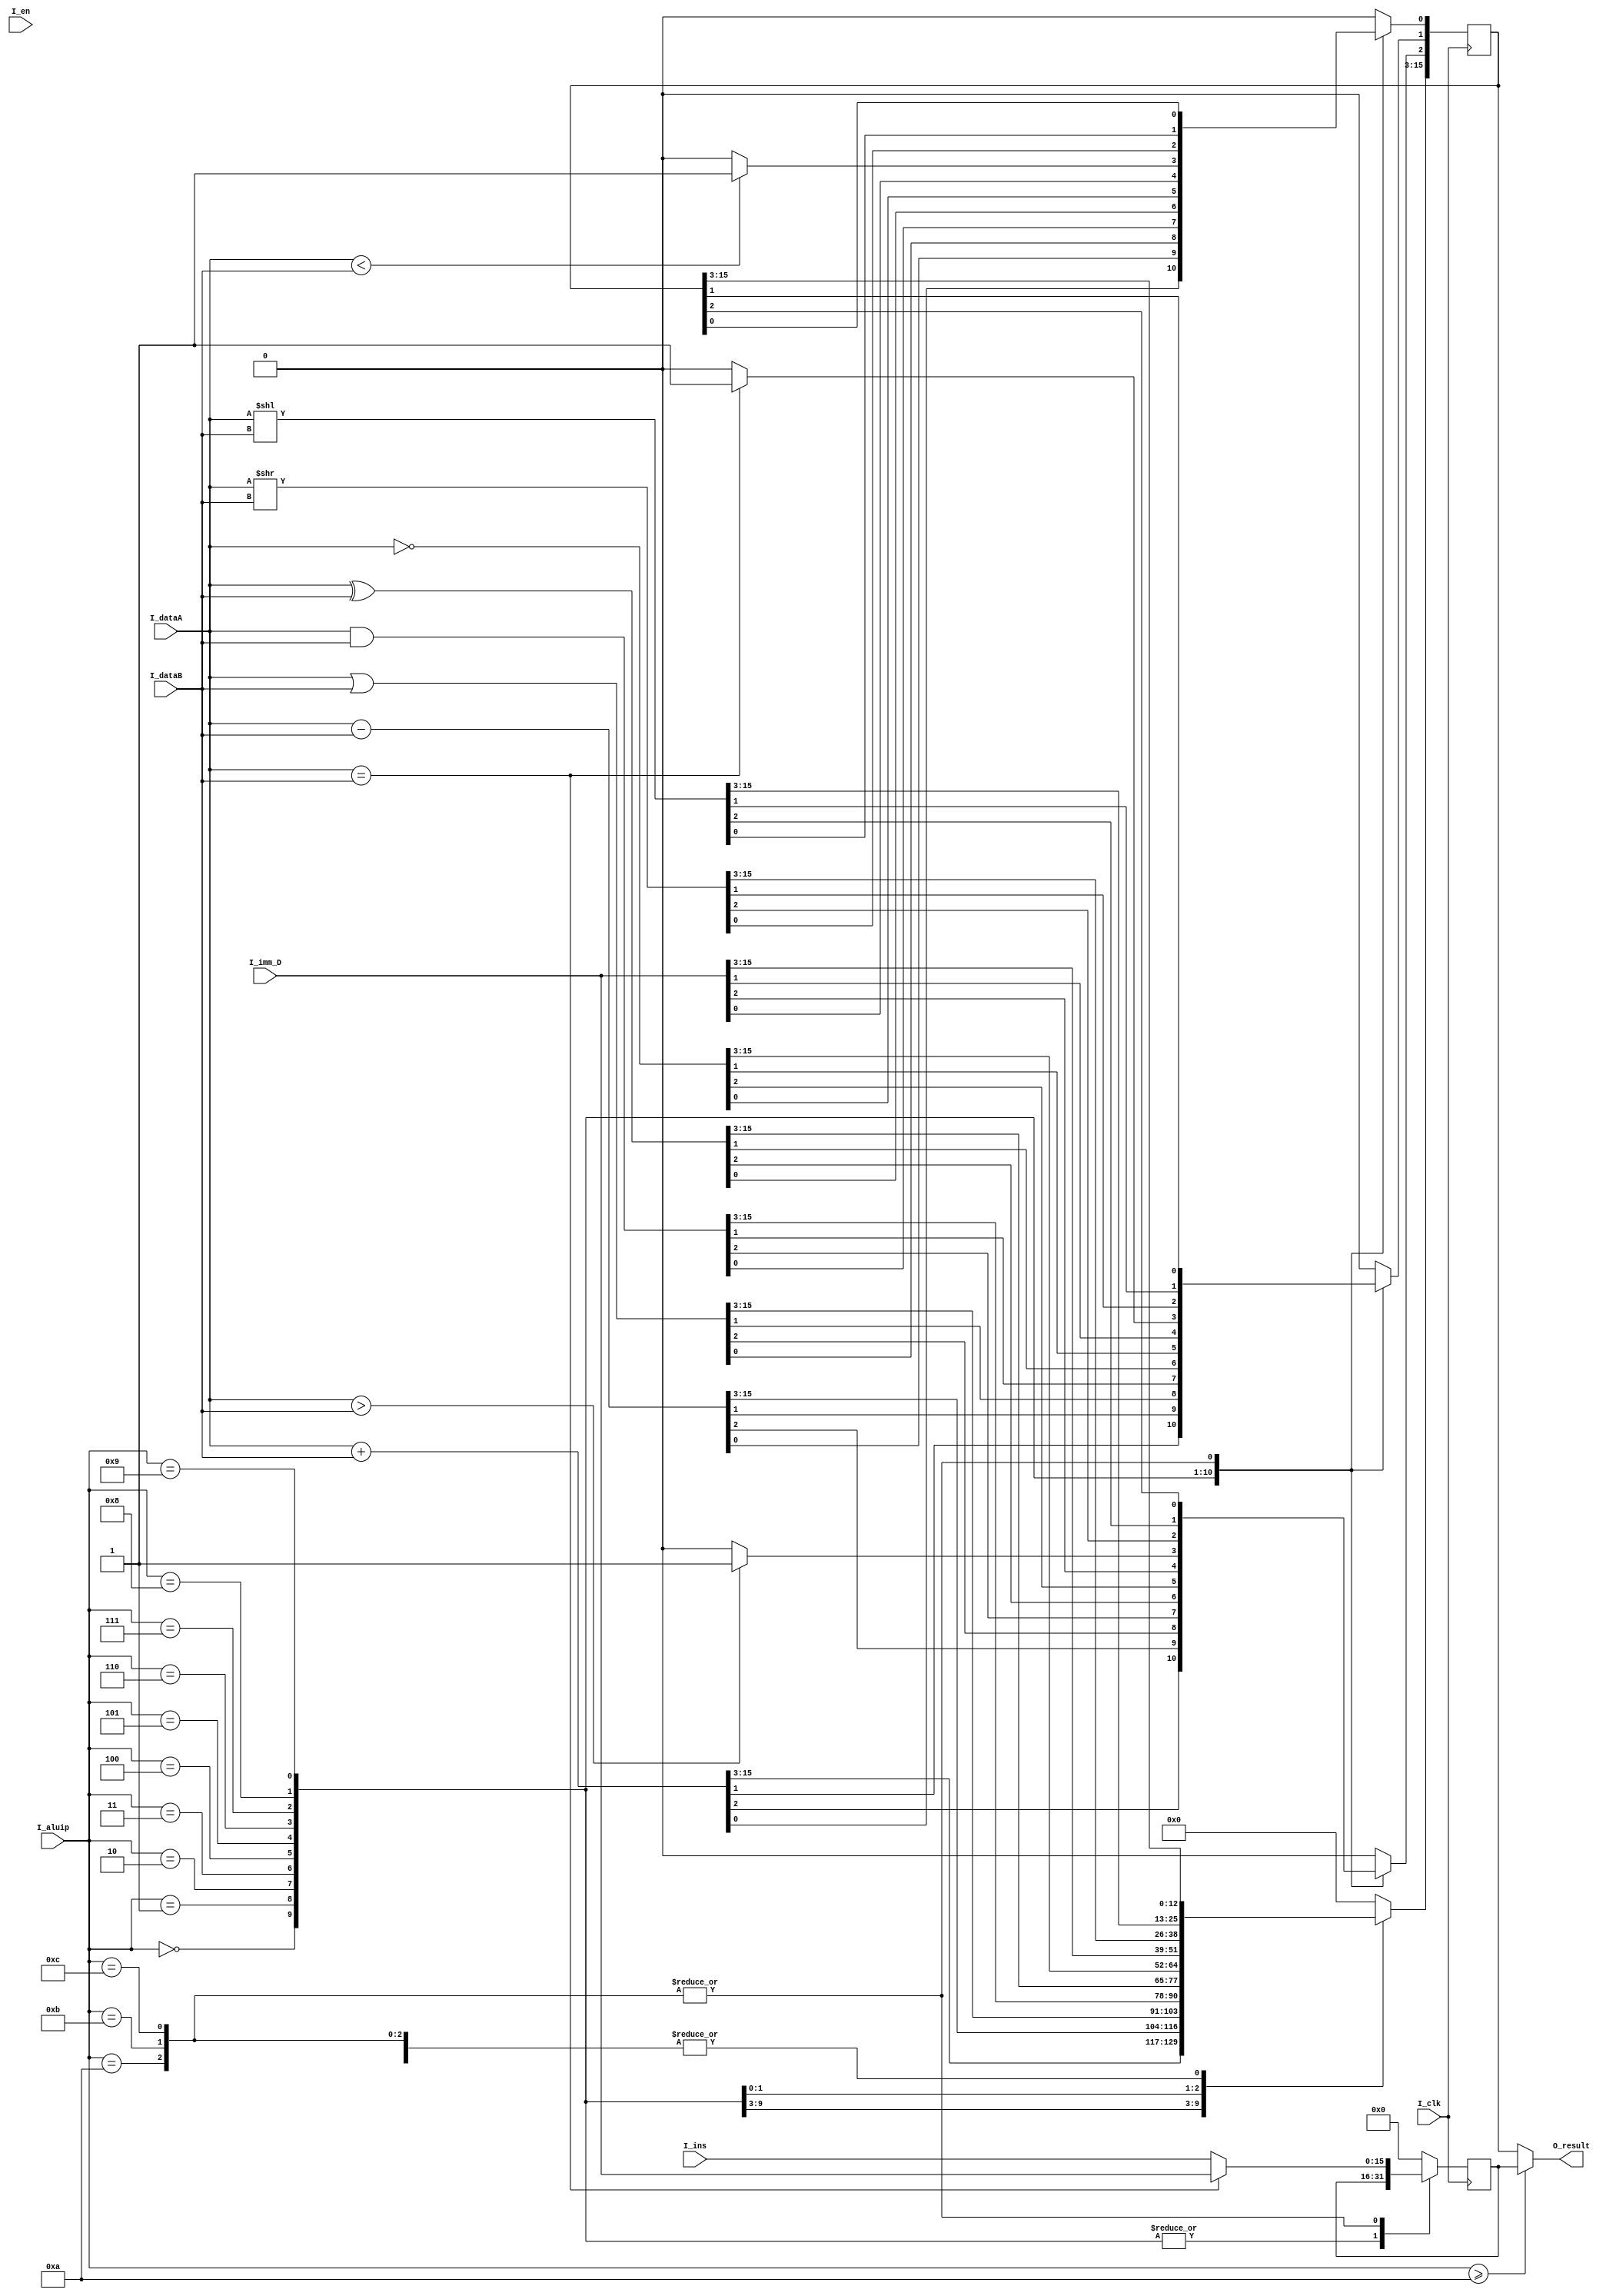
`timescale 1ns / 1ps
//////////////////////////////////////////////////////////////////////////////////
// Company: 
// Engineer: 
// 
// Design Name: 
// Module Name: alu
// Project Name: 
// Target Devices: 
// Tool Versions: 
// Description: 
// 
// Dependencies: 
// 
// Revision:
// Revision 0.01 - File Created
// Additional Comments:
// 
//////////////////////////////////////////////////////////////////////////////////


module alu(
   input [3:0] I_aluip,
   input I_clk,
   input I_en,
   input [15:0] I_ins,
   input [15:0] I_dataA,
   input [15:0] I_dataB,
   input [15:0] I_imm_D,
   output [15:0] O_result
    );
    //Temporary registers for results
    reg [15:0] O_resD;
    reg [15:0] O_resJ;
    
    //Instruction definition
    parameter add_i = 4'b0000, sub_i = 4'b0001, bit_or_i = 4'b0010;
    parameter bit_and_i = 4'b0011, bit_xor_i = 4'b0100, bit_not_i = 4'b0101;
    parameter load_i = 4'b0110, rel_i = 4'b0111;
    
    parameter shift_r_i = 4'b1000, shift_l_i = 4'b1001;          
    parameter jif_equal_i = 4'b1010, jif_greater_i = 4'b1011, jif_lesser_i = 4'b1100;
    
    parameter alu = 4'b1010;
                
    always @(posedge I_clk)
    begin
        case(I_aluip)
            add_i: O_resD <= I_dataA + I_dataB;
            sub_i: O_resD <= I_dataA - I_dataB;
        
            bit_or_i:   O_resD <= I_dataA | I_dataB;
            bit_and_i:  O_resD <= I_dataA & I_dataB;
            bit_xor_i:  O_resD <= I_dataA ^ I_dataB;
            bit_not_i:  O_resD <= ~I_dataA ;
        
            load_i: O_resD <= I_imm_D;
            rel_i: begin 
                        O_resD[2] <= I_dataA>I_dataB? 1:0;          
                        O_resD[1] <= I_dataA==I_dataB? 1:0;
                        O_resD[0] <= I_dataA<I_dataB? 1:0;
                    end
            shift_r_i:  O_resD <= I_dataA>>I_dataB ;
            shift_l_i:  O_resD <= I_dataA<<I_dataB ;
        
            jif_equal_i:   O_resJ <= I_dataA==I_dataB ? I_imm_D: I_ins ;      
            jif_greater_i: O_resJ <= I_dataA==I_dataB ? I_imm_D: I_ins ;
            jif_lesser_i:  O_resJ <= I_dataA==I_dataB ? I_imm_D: I_ins ;
            default:  begin
                      O_resD <= 4'b0;
                      O_resJ <= 4'b0;          
                      end
            endcase
    end
    //Assign result based on Jump or ALU instruction
    assign O_result = I_aluip>=alu ? O_resJ:O_resD;
    
    
endmodule